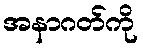
အနာဂတ်ကို